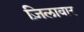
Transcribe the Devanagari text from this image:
ज़िलावार